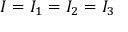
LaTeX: I = I _ { 1 } = I _ { 2 } = I _ { 3 }